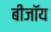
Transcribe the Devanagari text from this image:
बीजॉय